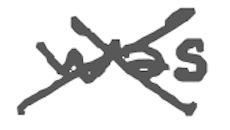
Text: was
Cross-out: cross
Writing tool: digital_gray